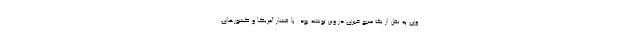
وی به نقل از یک منبع خبری در وین نوشته بود: با فشار آمریکا و کشورهای